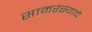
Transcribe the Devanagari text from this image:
सामरस्याचे